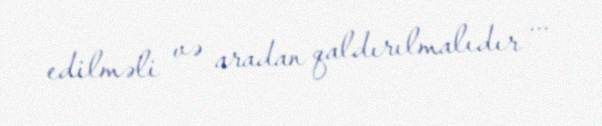
edilməli və aradan qaldırılmalıdır ...